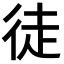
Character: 徒